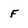
Character: f